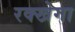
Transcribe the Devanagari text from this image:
रक्खेगा